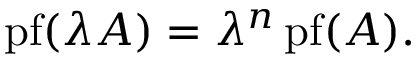
\operatorname { p f } ( \lambda A ) = \lambda ^ { n } \operatorname { p f } ( A ) .